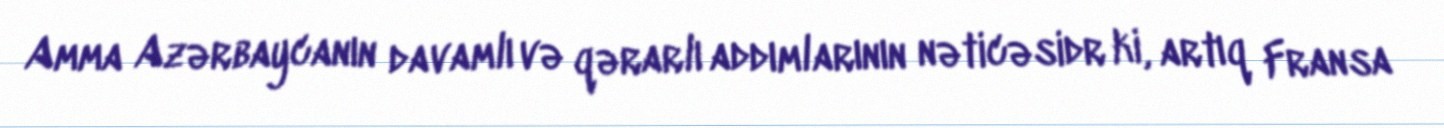
Amma Azərbaycanın davamlı və qərarlı addımlarının nəticəsidr ki, artıq Fransa